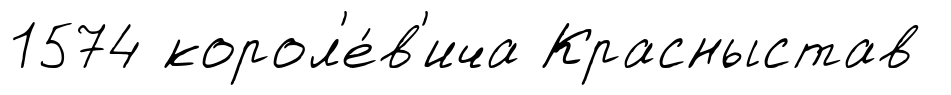
1574 корол'е́в'ича Красныстав